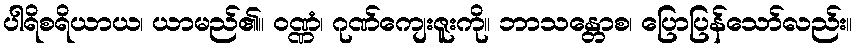
ပါရိစရိယာယ၊ ယာမည်၏။ ဝဏ္ဏံ၊ ဂုဏ်ကျေးဇူးကို။ ဘာသန္တောစ၊ ပြောပြန်သော်လည်း။